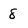
Character: 8